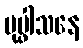
ပုပ္ဖါသနေ